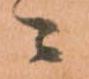
ニ